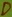
Text: D